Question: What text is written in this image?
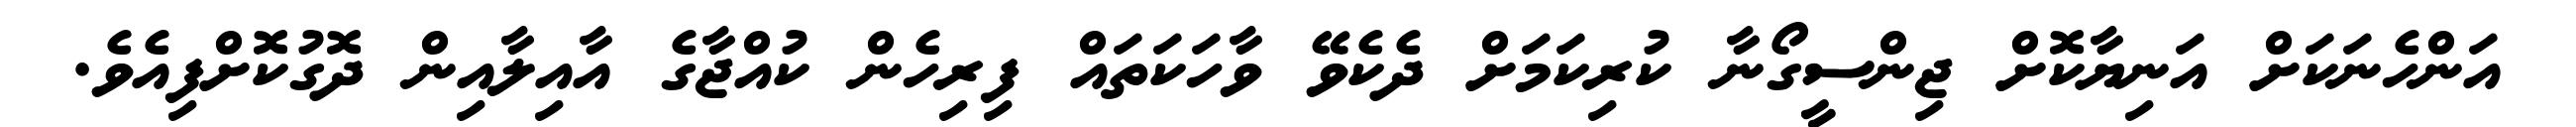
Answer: އަންހެނަކަށް އަނިޔާކޮށް ޖިންސީގޯނާ ކުރިކަމަށް ދެކެވޭ ވާހަކަތައް ފިރިހެން ކުއްޖާގެ އާއިލާއިން ދޮގުކޮށްފިއެވެ.